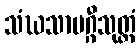
သံဃသာမဂ္ဂီသုတ္တံ